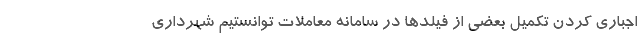
اجباری کردن تکمیل بعضی از فیلدها در سامانه معاملات توانستیم شهرداری